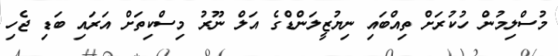
މުސްލިމުން ހުކުރަށް ތިއްބައި ނިޔުޒީލަންޑްގެ އަލް ނޫރު މިސްކިތަށް އަރައި ބަޑި ޖެހި